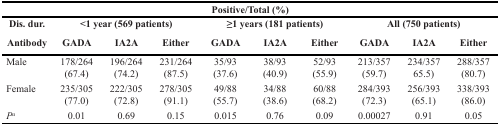
<table><thead><tr><td colspan="10"><b>Positive/Total (%)</b></td></tr><tr><td><b>Dis. dur.</b></td><td colspan="3"><b>&lt;1 year (569 patients)</b></td><td colspan="3"><b>≥1 years (181 patients)</b></td><td colspan="3"><b>All (750 patients)</b></td></tr><tr><td><b>Antibody</b></td><td><b>GADA</b></td><td><b>IA2A</b></td><td><b>Either</b></td><td><b>GADA</b></td><td><b>IA2A</b></td><td><b>Either</b></td><td><b>GADA</b></td><td><b>IA2A</b></td><td><b>Either</b></td></tr></thead><tbody><tr><td>Male</td><td>178/264(67.4)</td><td>196/264(74.2)</td><td>231/264(87.5)</td><td>35/93(37.6)</td><td>38/93(40.9)</td><td>52/93(55.9)</td><td>213/357(59.7)</td><td>234/35765.5)</td><td>288/357(80.7)</td></tr><tr><td>Female</td><td>235/305(77.0)</td><td>222/305(72.8)</td><td>278/305(91.1)</td><td>49/88(55.7)</td><td>34/88(38.6)</td><td>60/88(68.2)</td><td>284/393(72.3)</td><td>256/393(65.1)</td><td>338/393(86.0)</td></tr><tr><td><i>P</i><sup><i>a</i></sup></td><td>0.01</td><td>0.69</td><td>0.15</td><td>0.015</td><td>0.76</td><td>0.09</td><td>0.00027</td><td>0.91</td><td>0.05</td></tr></tbody></table>